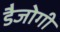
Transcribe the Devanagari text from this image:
डैजोगी